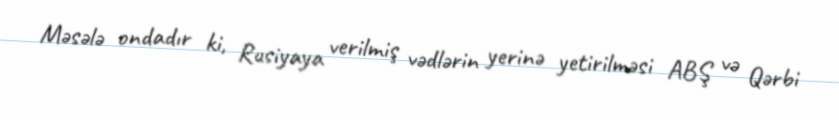
Məsələ ondadır ki, Rusiyaya verilmiş vədlərin yerinə yetirilməsi ABŞ və Qərbi